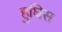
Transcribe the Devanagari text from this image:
हुघिस